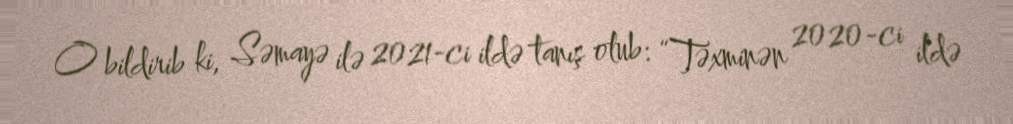
O bildirib ki, Səmayə ilə 2021-ci ildə tanış olub: “Təxminən 2020-ci ildə